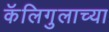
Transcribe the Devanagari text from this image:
कॅलिगुलाच्या